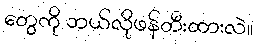
တွေကို ဘယ်လိုဖန်တီးထားလဲ။